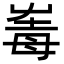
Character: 𡴛